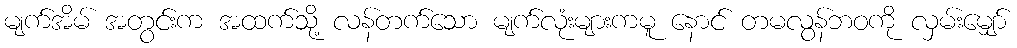
မျက်အိမ် အတွင်းက အထက်သို့ လန်တက်သော မျက်လုံးများကမူ နောင် တမလွန်ဘဝကို လှမ်းမျှော်